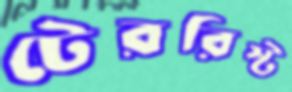
টেররিস্ট